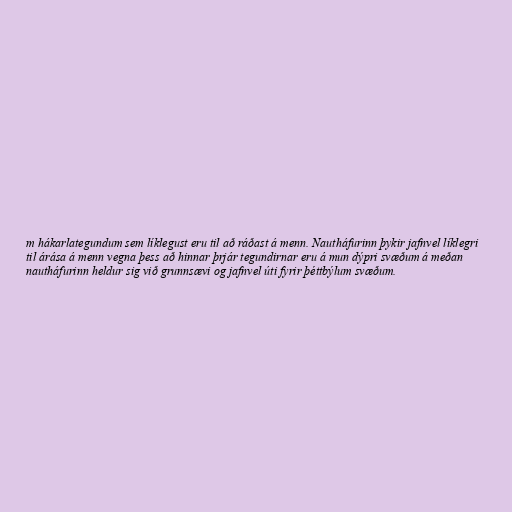
m hákarlategundum sem líklegust eru til að ráðast á menn. Nautháfurinn þykir jafnvel líklegri
til árása á menn vegna þess að hinnar þrjár tegundirnar eru á mun dýpri svæðum á meðan
nautháfurinn heldur sig við grunnsævi og jafnvel úti fyrir þéttbýlum svæðum.